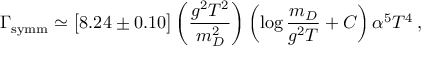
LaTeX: \Gamma _ { \mathrm { s y m m } } \simeq \big [ 8 . 2 4 \pm 0 . 1 0 \big ] \left( \frac { g ^ { 2 } T ^ { 2 } } { m _ { D } ^ { 2 } } \right) \left( \log \frac { m _ { D } } { g ^ { 2 } T } + C \right) \alpha ^ { 5 } T ^ { 4 } \, ,